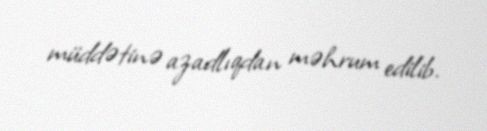
müddətinə azadlıqdan məhrum edilib.